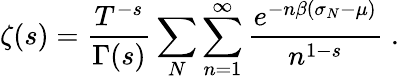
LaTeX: \zeta(s)=\frac{T^{-s}}{\Gamma(s)}\sum_{N}\sum_{n=1}^{\infty}\frac{e^{-n\beta(\sigma_{N}-\mu)}}{n^{1-s}}\; .